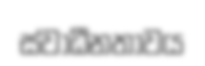
ස්වාධීනතාවය